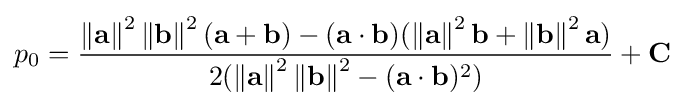
p_{0}={\frac {\left\|\mathbf {a} \right\|^{2}\left\|\mathbf {b} \right\|^{2}(\mathbf {a} +\mathbf {b} )-(\mathbf {a} \cdot \mathbf {b} )(\left\|\mathbf {a} \right\|^{2}\mathbf {b} +\left\|\mathbf {b} \right\|^{2}\mathbf {a} )}{2(\left\|\mathbf {a} \right\|^{2}\left\|\mathbf {b} \right\|^{2}-(\mathbf {a} \cdot \mathbf {b} )^{2})}}+\mathbf {C}